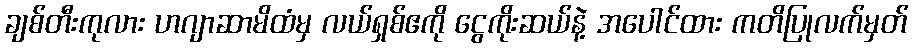
ချစ်တီးကုလား ဟဂျာဆာမိထံမှ လယ်ရှစ်ဧကို ငွေကိုးဆယ်နဲ့ အပေါင်ထား ကတိပြုလက်မှတ်